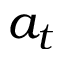
a _ { t }